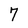
Character: 7